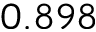
0 . 8 9 8